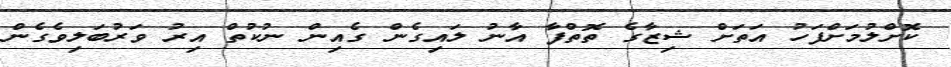
ކޮށްލުމަށްފަހު އަތަށް ޝިޒާގެ ތޮތްފާ އާނު ލައިގެން ގެއިން ނުކުތް އިރު ވަރުބަލިވެގެން